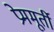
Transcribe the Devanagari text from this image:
प्रेममूर्ती